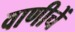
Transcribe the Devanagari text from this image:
वाणीचें